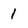
Character: 1